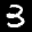
Label: 3